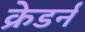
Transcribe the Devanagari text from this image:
क्रेडर्न